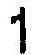
1